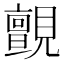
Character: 𮗞